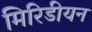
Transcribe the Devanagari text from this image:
मिरिडीयन